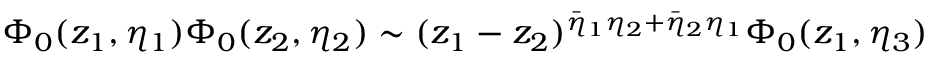
{ \Phi } _ { 0 } ( z _ { 1 } , \eta _ { 1 } ) \Phi _ { 0 } ( z _ { 2 } , \eta _ { 2 } ) \sim ( z _ { 1 } - z _ { 2 } ) ^ { \bar { \eta } _ { 1 } \eta _ { 2 } + \bar { \eta } _ { 2 } \eta _ { 1 } } \Phi _ { 0 } ( z _ { 1 } , \eta _ { 3 } )